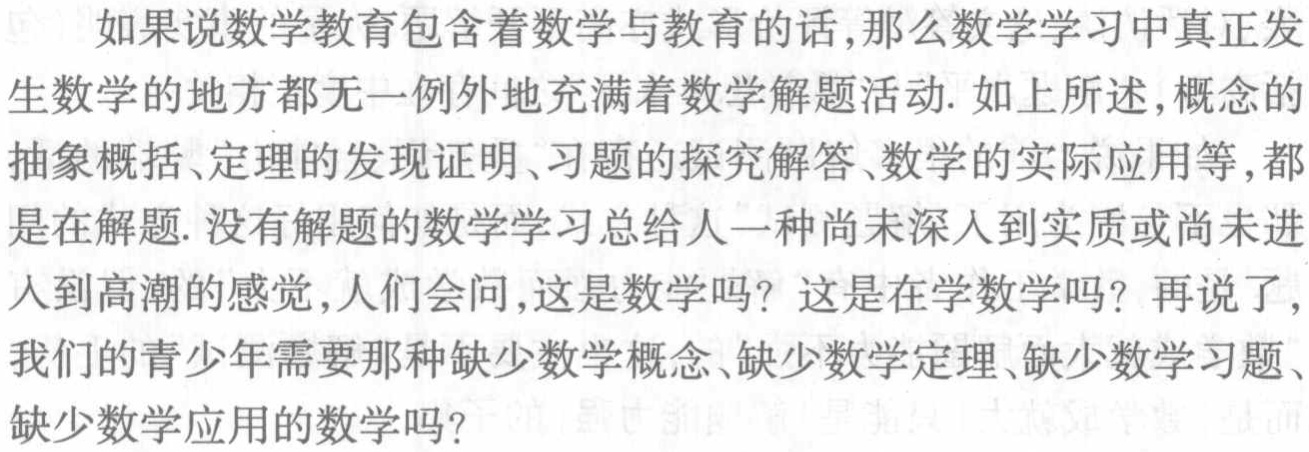
如果说数学教育包含着数学与教育的话,那么数学学习中真正发

生数学的地方都无一例外地充满着数学解题活动. 如上所述,概念的

抽象概括、定理的发现证明、习题的探究解答、数学的实际应用等,都

是在解题. 没有解题的数学学习总给人一种尚未深人到实质或尚未进

人到高潮的感觉,人们会问,这是数学吗？这是在学数学吗？再说了,

我们的青少年需要那种缺少数学概念、缺少数学定理、缺少数学习题、

缺少数学应用的数学吗？